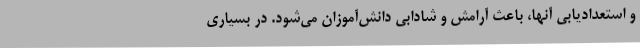
و استعدادیابی آنها، باعث آرامش و شادابی دانش‌آموزان می‌شود. در بسیاری